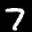
Label: 7